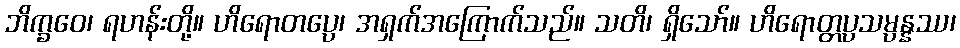
ဘိက္ခဝေ၊ ရဟန်းတို့။ ဟိရောတပ္ပေ၊ အရှက်အကြောက်သည်။ သတိ၊ ရှိသော်။ ဟိရောတ္တပ္ပသမ္ပန္နဿ၊